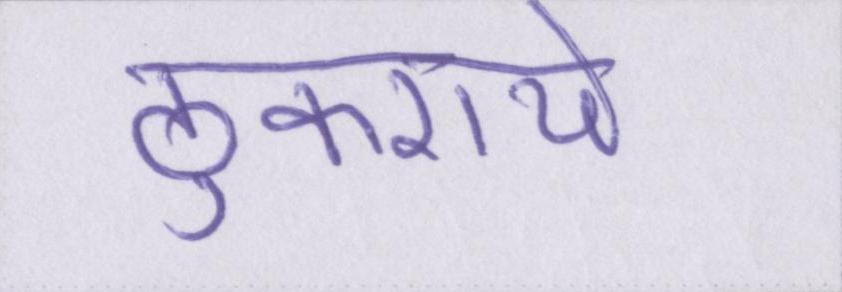
ठुकराये